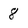
Character: 8